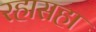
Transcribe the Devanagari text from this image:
रहासहा